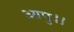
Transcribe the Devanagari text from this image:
आपु।।